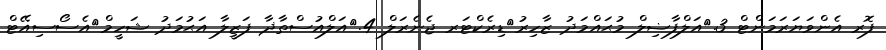
ފޮރ އެންވަޔަރަމަންޓް 3.	އަލްފާޟިލް މުޙައްމަދު ޒާހިރު	ޑިރެކްޓަރ ޖެނެރަލް 4.	އަލްއުސްތާޛާ ފަޒީލާ އަޙުމަދު ޝަހީމް	އެސޯސިއޭޓް